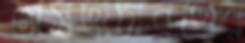
অসদাচারণের